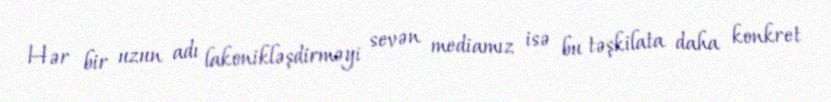
Hər bir uzun adı lakonikləşdirməyi sevən mediamız isə bu təşkilata daha konkret